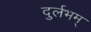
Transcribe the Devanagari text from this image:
दुर्लभम्